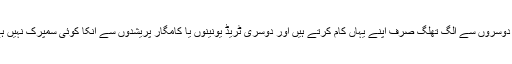
وہ دوسروں سے الگ تھلگ صرف اپنے یہاں کام کرتے ہیں اور دوسری ٹریڈ یونینوں یا کامگار پریشدوں سے انکا کوئی سمپرک نہیں ہے۔